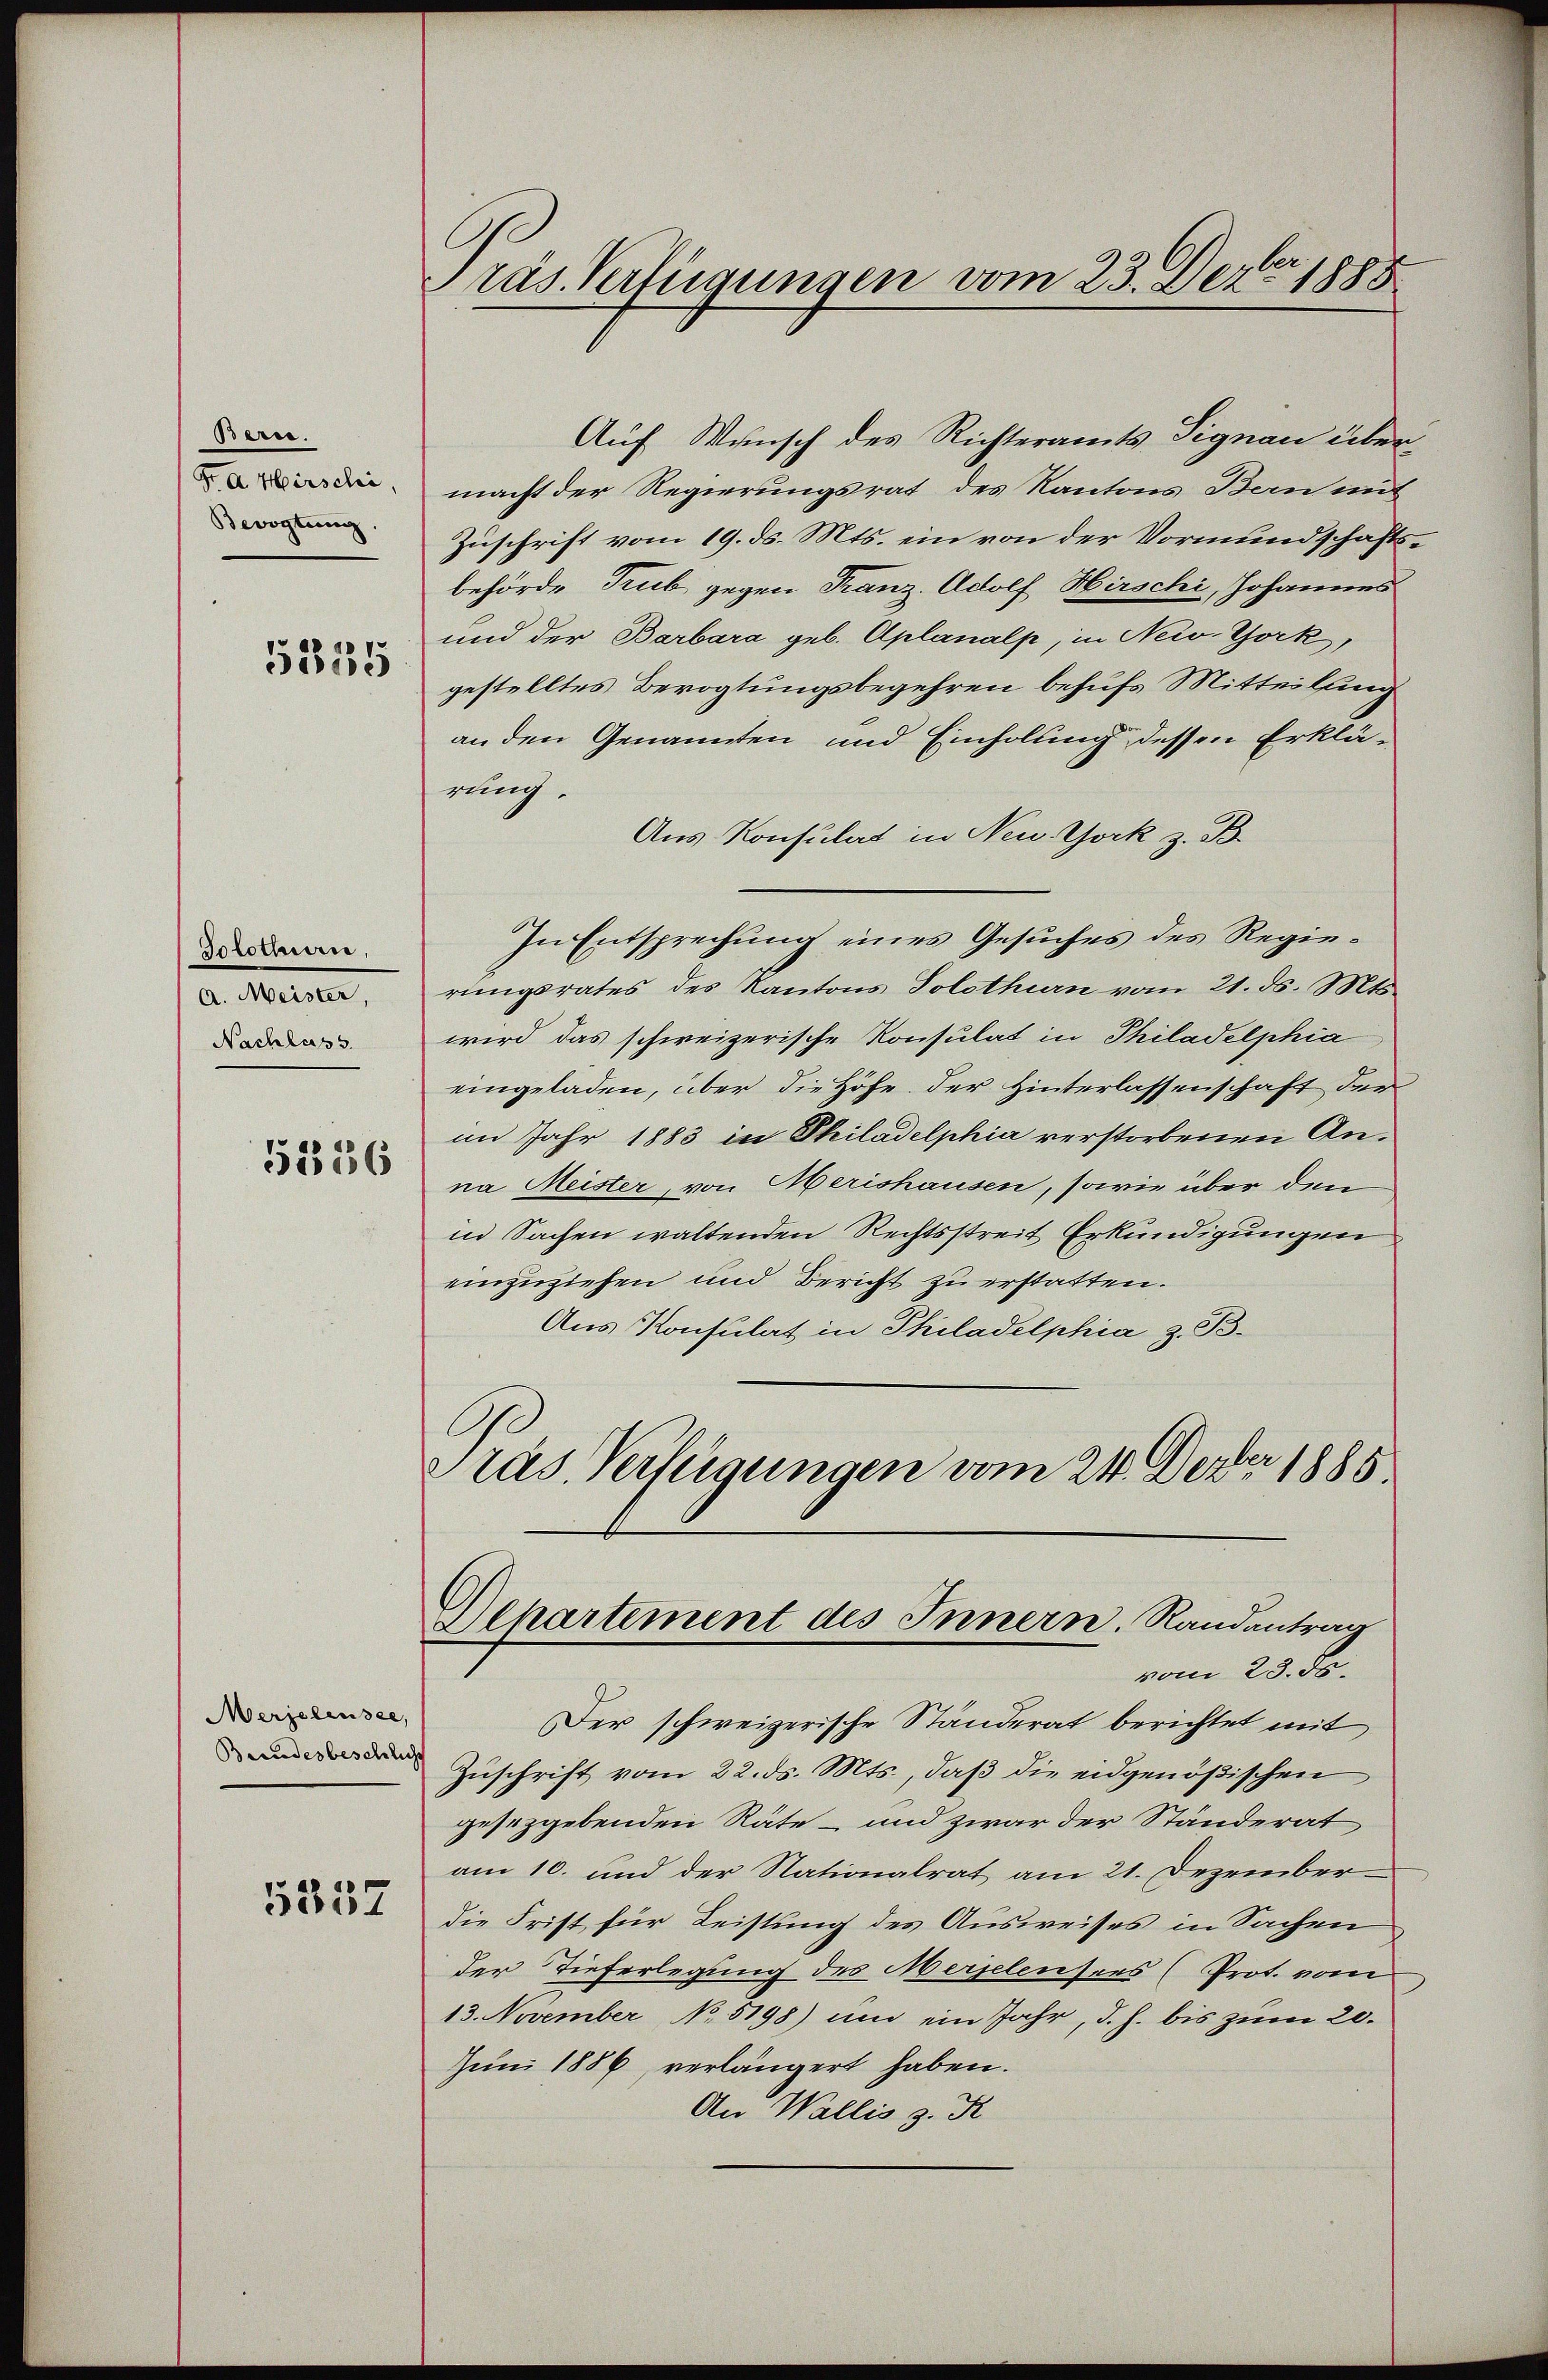
Bern.
Bevogtung.

5335

Solothurn,
a. Meister,
Nachlass

5336

Merjelensee,
Beendesbeschlicht

5357

räs. Vertigungen vom 23. Dez. 1888

Auf Wunsch des Richteramts Signau über¬
 macht der Regierungsrat des Kantons Bern mit
Zuschrift vom 19. ds. Mts. ein von der Vormundschaftsbehörde Trub gegen Franz. Adolf Hirschi, Johannes
und der Barbara geb. Aplanalp, in New York,
gestelltes Bevogtungsbegehren behufs Mitteilung
an den Genannten und Einholung dessen Erklärung.
Aus Konsulat in New York z. B.
In Entsprechung eines Gesuches des Regierungsrates des Kantons Solothurn vom 21. ds. Mts.
wird das schweizerische Konsulat in Philadelphia
eingeladen, über die Höhe. Der Hinterlassenschaft der
im Jahr 1883 in Philadelphia verstorbenen Anna Meister, von Oberishausen, sowie über den
in Sachen waltenden Rechtsstreit Erkundigungen
einzuziehen und Bericht zu erstatten.
Aus Konsulat in Philadelphia z. B.
Präs. Verfügungen vom 24. Dezbr 1885
Departement des Innern. Randantrag
vom 23. Se.
Der schweizerische Ständerat berichtet mit
Zuschrift vom 22. ds. Mts., daß die eidgenößischen
gesezgebenden Räte – und zwar der Ständerat
am 10. und der Nationalrat am 21. Dezemberdie Frist für Leistung des Ausweises in Sachen
der Tieferlegung des Merselensers (Prot. vom
13. November No 5198) um ein Jahr, d. h. bis zum 20.
Juni 1886, verlängert haben.
An Wallis z. K